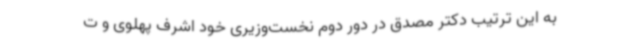
به‌ این‌ ترتیب دکتر مصدق در دور دوم نخست‌وزیری خود اشرف پهلوی و ت